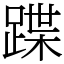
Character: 蹀